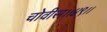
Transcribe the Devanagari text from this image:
चोवीस।।४९।।